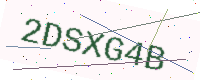
Text: 2DSXG4B